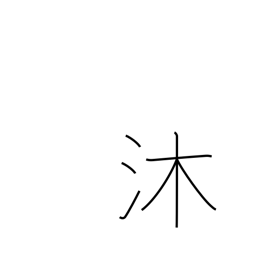
Meaning: wash